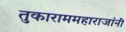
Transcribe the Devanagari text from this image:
तुकाराममहाराजांनीं